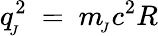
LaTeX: q_{\! _{J}}^{2}\ =\ m_{\! _{J}}c^{2}R